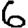
Digit: 6